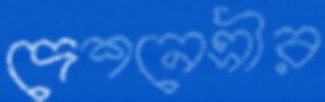
দেশনেত্রীর